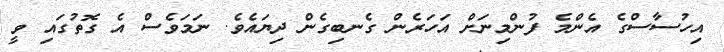
އިހުސާސްގެ އެންމެ ފުންމިނަށް އަހަރެން ގެނބިގެން ދިޔައެވެ. ނަމަވެސް އެ ގޮތުގައި ވީ